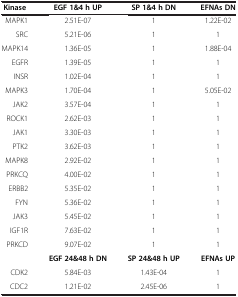
<table><thead><tr><td><b>Kinase</b></td><td><b>EGF 1&amp;4 h UP</b></td><td><b>SP 1&amp;4 h DN</b></td><td><b>EFNAs DN</b></td></tr></thead><tbody><tr><td>MAPK1</td><td>2.51E-07</td><td>1</td><td>1.22E-02</td></tr><tr><td>SRC</td><td>5.21E-06</td><td>1</td><td>1</td></tr><tr><td>MAPK14</td><td>1.36E-05</td><td>1</td><td>1.88E-04</td></tr><tr><td>EGFR</td><td>1.39E-05</td><td>1</td><td>1</td></tr><tr><td>INSR</td><td>1.02E-04</td><td>1</td><td>1</td></tr><tr><td>MAPK3</td><td>1.70E-04</td><td>1</td><td>5.05E-02</td></tr><tr><td>JAK2</td><td>3.57E-04</td><td>1</td><td>1</td></tr><tr><td>ROCK1</td><td>2.62E-03</td><td>1</td><td>1</td></tr><tr><td>JAK1</td><td>3.30E-03</td><td>1</td><td>1</td></tr><tr><td>PTK2</td><td>3.62E-03</td><td>1</td><td>1</td></tr><tr><td>MAPK8</td><td>2.92E-02</td><td>1</td><td>1</td></tr><tr><td>PRKCQ</td><td>4.00E-02</td><td>1</td><td>1</td></tr><tr><td>ERBB2</td><td>5.35E-02</td><td>1</td><td>1</td></tr><tr><td>FYN</td><td>5.36E-02</td><td>1</td><td>1</td></tr><tr><td>JAK3</td><td>5.45E-02</td><td>1</td><td>1</td></tr><tr><td>IGF1R</td><td>7.63E-02</td><td>1</td><td>1</td></tr><tr><td>PRKCD</td><td>9.07E-02</td><td>1</td><td>1</td></tr><tr><td> </td><td><b>EGF 24&amp;48 h DN</b></td><td><b>SP 24&amp;48 h UP</b></td><td><b>EFNAs UP</b></td></tr><tr><td>CDK2</td><td>5.84E-03</td><td>1.43E-04</td><td>1</td></tr><tr><td>CDC2</td><td>1.21E-02</td><td>2.45E-06</td><td>1</td></tr></tbody></table>